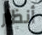
أنظار